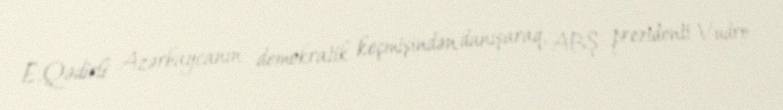
E.Qədirli Azərbaycanın demokratik keçmişindən danışaraq, ABŞ prezidenti Vudro